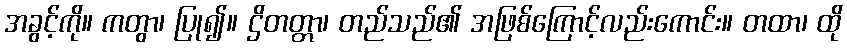
အခွင့်ကို။ ကတွာ၊ ပြု၍။ ဌိတတ္တာ၊ တည်သည်၏ အဖြစ်ကြောင့်လည်းကောင်း။ တထာ၊ ထို